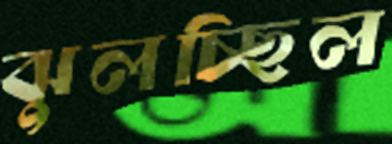
ঝুলচ্ছিল